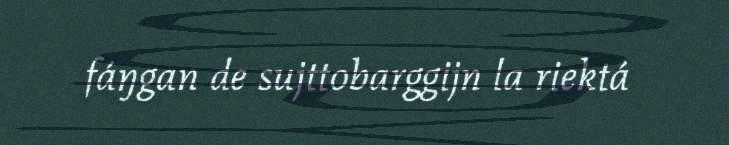
fáŋgan de sujttobarggijn la riektá